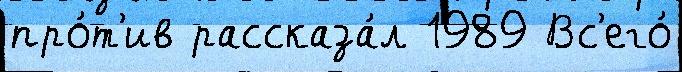
про́т'ив рассказа́л 1989 Вс'его́